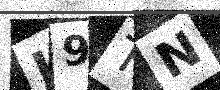
Text: J9TN